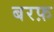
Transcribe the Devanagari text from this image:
बरफ़